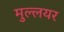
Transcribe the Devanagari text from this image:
मुल्लयर